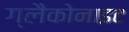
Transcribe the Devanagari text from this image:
ग्लैकोनाइट